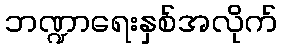
ဘဏ္ဍာရေးနှစ်အလိုက်